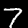
Label: 7